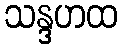
သန္ဒဟထ